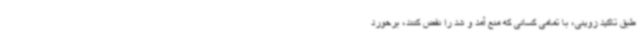
طبق تاکید زوینی، با تمامی کسانی که منع آمد و شد را نقض کنند، برخورد